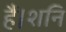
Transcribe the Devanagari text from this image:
हैं।शनि